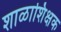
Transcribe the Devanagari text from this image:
शाळाशिक्षक